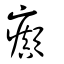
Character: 癲